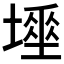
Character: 𡑊